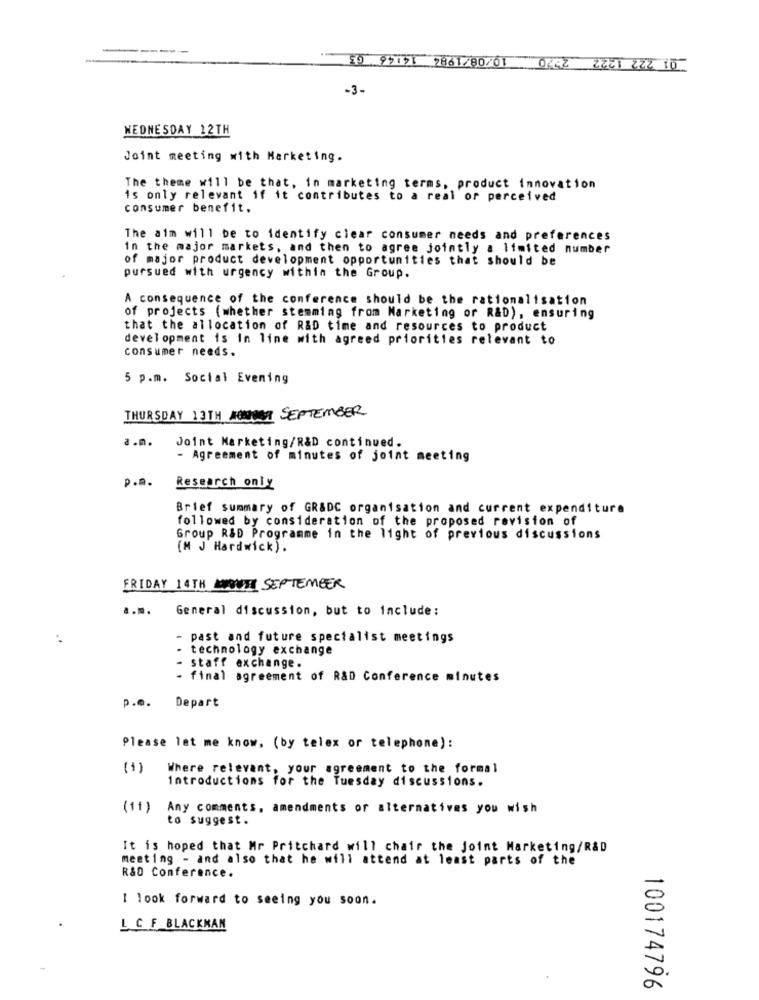
ED 99151 2861280/01 0442 2221 222 10
-3-
WEDNESDAY 12TH
Joint meeting with Marketing.
The theme will be that, in marketing terms, product innovation
is only relevant if it contributes to a real or perceived
consumer benefit.
The aim will be to identify clear consumer needs and preferences
in the major markets, and then to agree jointly a limited number
of major product development opportunities that should be
pursued with urgency within the Group.
A consequence of the conference should be the rationalisation
of projects (whether stemming from Marketing or R&D), ensuring
that the allocation of R&D time and resources to product
development is in line with agreed priorities relevant to
consumer needs.
5 p.m. Social Evening
THURSDAY 13TH HOMME SEPTEMBER
a .m.
Joint Marketing/R&D continued.
- Agreement of minutes of joint meeting
p.a.
Research only
Brief summary of GR&DC organisation and current expenditure
followed by consideration of the proposed revision of
Group R&D Programme in the light of previous discussions
(M J Hardwick).
FRIDAY 14TH MONTH SEPTEMBER
a.m.
General discussion, but to include:
- past and future specialist meetings
technology exchange
staff exchange.
- final agreement of R&D Conference minutes
p.m.
Depart
Please let me know, (by telex or telephone):
(1)
Where relevant, your agreement to the formal
Introductions for the Tuesday discussions.
(11)
Any comments, amendments or alternatives you wish
to suggest.
It is hoped that Mr Pritchard will chair the Joint Marketing/R&D
meeting - and also that he will attend at least parts of the
R&D Conference.
I look forward to seeing you soon.
L C F_BLACKMAN
100174796